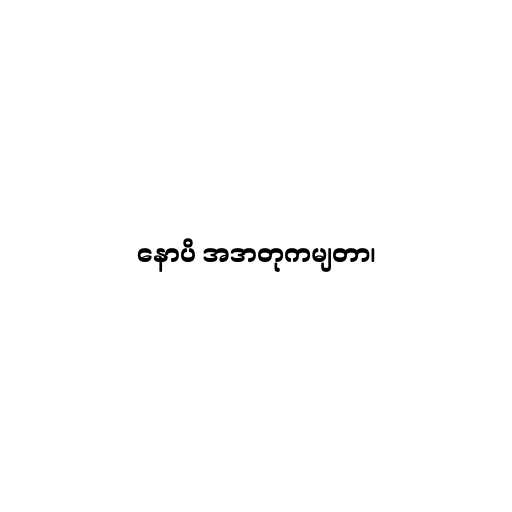
နောပိ အဒာတုကမျတာ၊